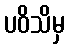
ပဝိသိမှ